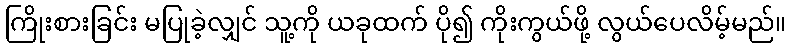
ကြိုးစားခြင်း မပြုခဲ့လျှင် သူ့ကို ယခုထက် ပို၍ ကိုးကွယ်ဖို့ လွယ်ပေလိမ့်မည်။